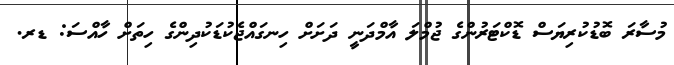
މުސާރަ ބޮޑުކުރިޔަސް ޑޮކްޓަރުންގެ ޖުމްލަ އާމްދަނީ ދަށަށް ހިނގައްޖެކުޑަކުދިންގެ ހިތަށް ހާއްސަ: ޑރ.